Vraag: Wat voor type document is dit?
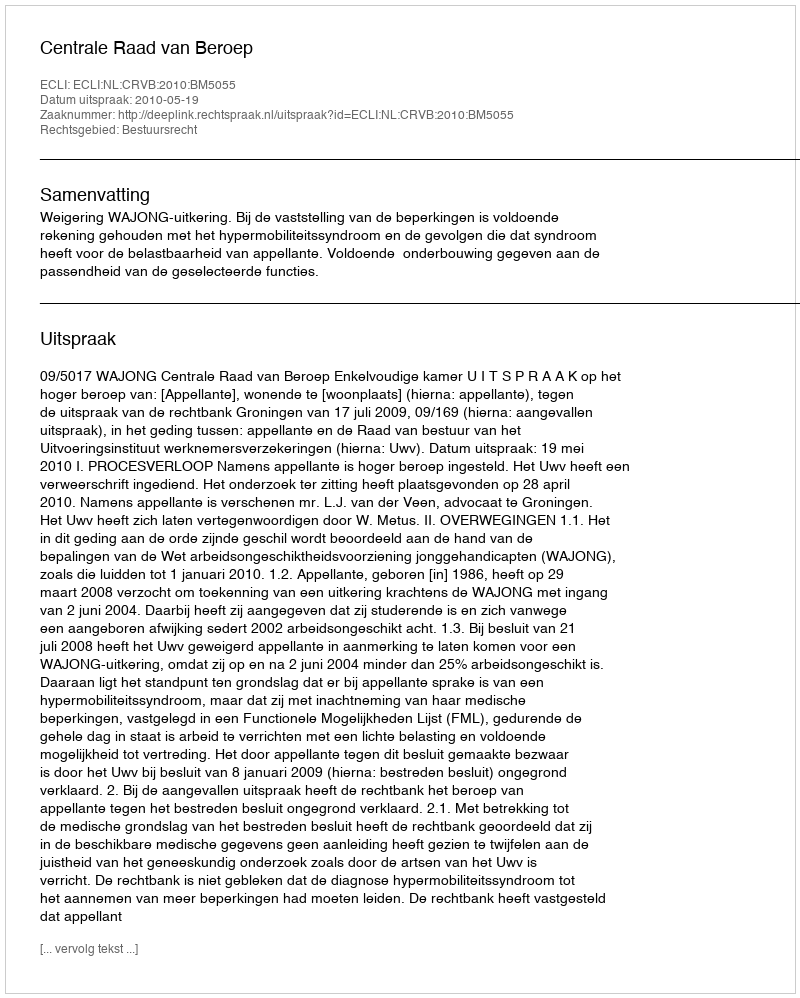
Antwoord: Uitspraak